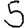
Digit: 5